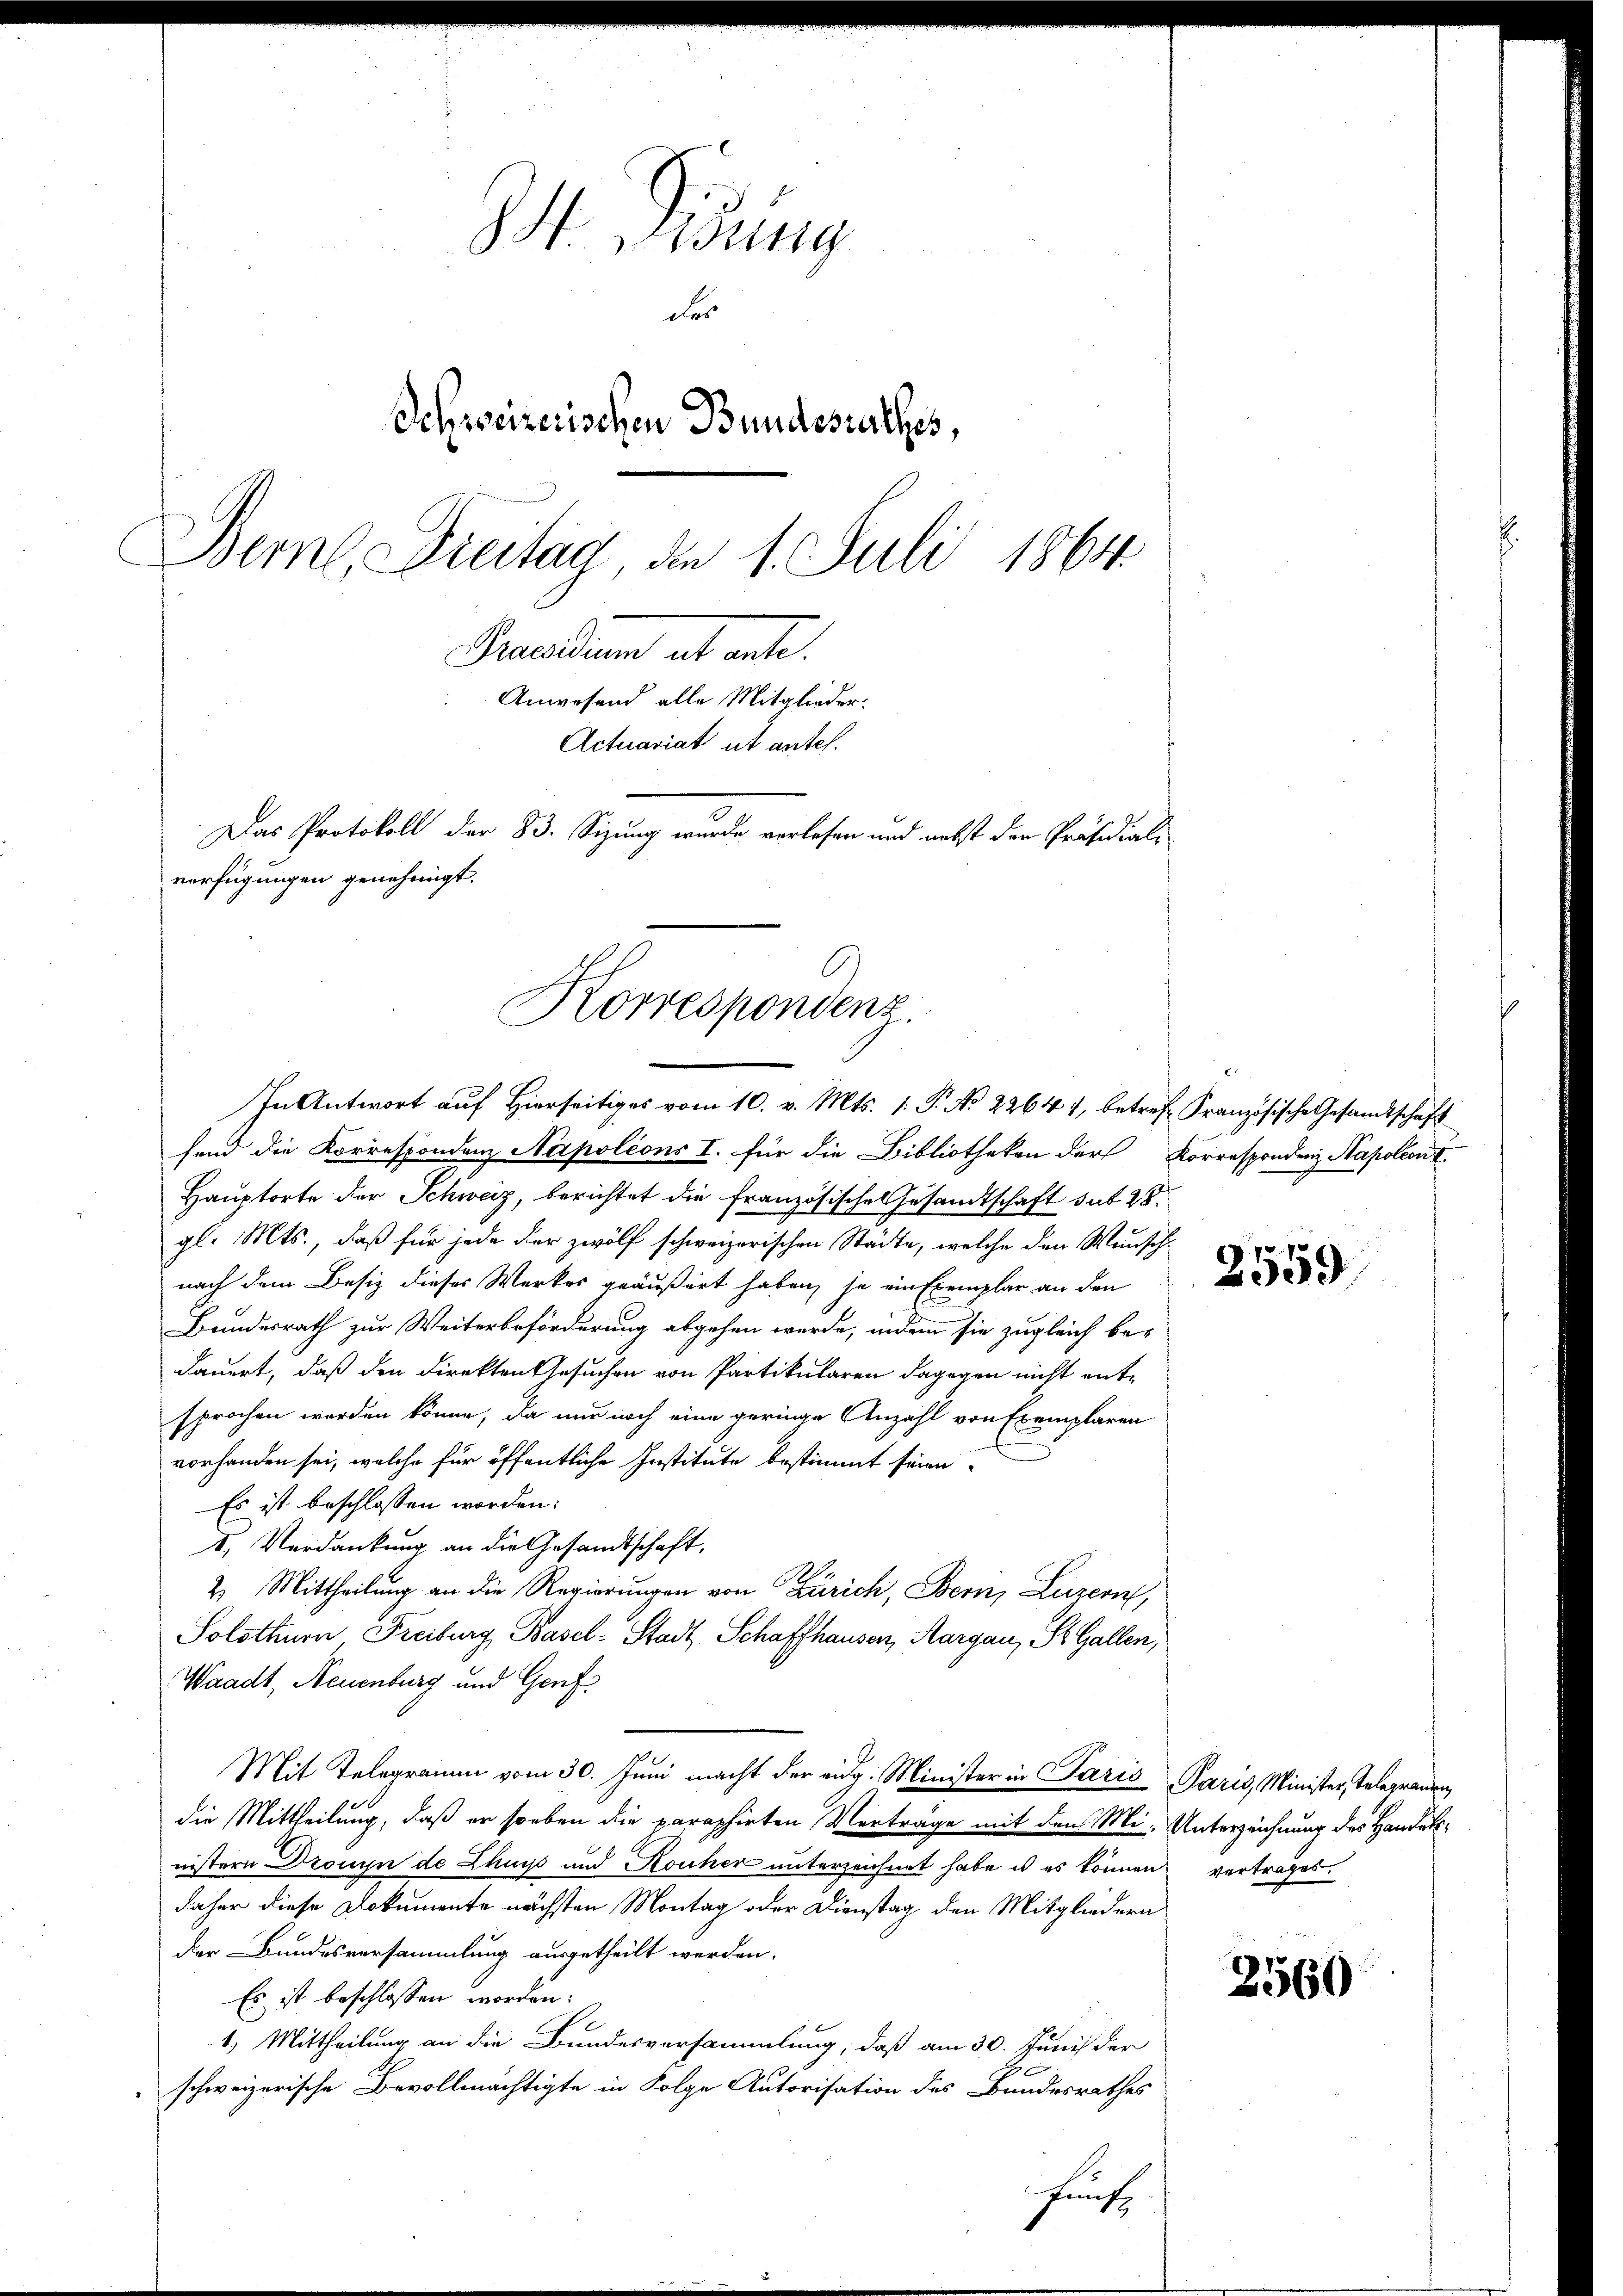
M. Gesung
des
Schweizerischen Bundesserthes,
Bern, Dreitag, die 1. Juli 1864.
Praedium et art.
Anwesend alle Mitglieder.
Actuariat ut antel.
Das Protokoll der 83. Sizung wurde verlesen und nebst der Präsidial-
verfügungen genehmigt.

Korrespondenz.
In Antwort auf Hierseitiges vom 10. v. Mts. 1. P. No. 22644, betref Französische Gesandtschaft

fend die Korrespondenz Napoleons I. für die Bibliotheken der Korrespondenz Napoleon I
Hauptorte der Schweiz, berichtet die französische Gesandtschaft sub 28.
gl. Mts., daß für jede der zwölf schweizerischen Städte, welche den Wunsch-
nach dem Besiz dieses Werkes geäußert haben, ja ein Exemplar an den
Bundesrath zur Weiterbeförderung abgehen werde, indem sie zugleich bedauert, daß den direkten Gesuchen von Partikularen dagegen nicht ent-
sprochen worden könne, da nur noch eine geringe Anzahl von Exemplaren
vorhanden sei, welche für öffentliche Institute bestimmt seien,
Es ist beschlossen worden.
I. Verdankung an die Gesandtschaft,
2. Mittheilung an die Regierungen von Zürich, Bern, Luzern,
Solothurn Freiburg, Basel-Stadt Schaffhausen, Aargau, St. Gallen,
Waadt, Neuenburg und Genf
Mit Telegramm vom 30. Juni macht der eidg. Minister in Paris Paris, Minister, Telegrauen,
die Mittheilung, daß er soeben die paraphirten Verträge mit den Mi-Unterzeichnung des Handatsnistern Drouyn de Chur und Kouher unterzeichnet habe es es können vertrages.
daher diese Dokumente nächsten Montag oder Dienstag den Mitgliedern
der Bundesversammlung ausgetheilt werden.
Es ist beschlossen worden:
1.) Mittheilung an die Bundesversammlung, daß am 30. Juni der
schweizerische Bevollmächtigte in Folge Autorisation des Bundesrathes
kunf

2559

2560